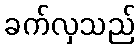
ခက်လှသည်